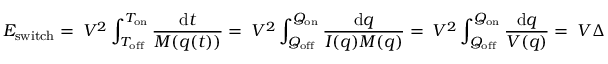
E _ { \mathrm { s w i t c h } } = \ V ^ { 2 } \int _ { T _ { \mathrm { o f f } } } ^ { T _ { \mathrm { o n } } } { \frac { \mathrm { d } t } { M ( q ( t ) ) } } = \ V ^ { 2 } \int _ { Q _ { \mathrm { o f f } } } ^ { Q _ { \mathrm { o n } } } { \frac { \mathrm { d } q } { I ( q ) M ( q ) } } = \ V ^ { 2 } \int _ { Q _ { \mathrm { o f f } } } ^ { Q _ { \mathrm { o n } } } { \frac { \mathrm { d } q } { V ( q ) } } = \ V \Delta Q